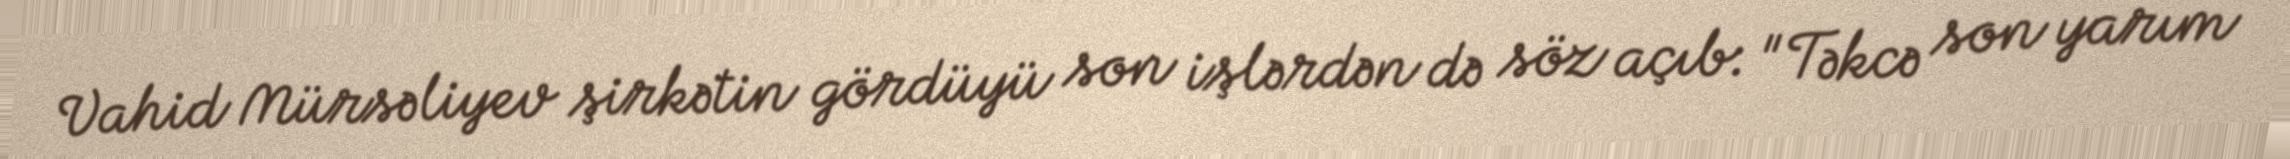
Vahid Mürsəliyev şirkətin gördüyü son işlərdən də söz açıb: "Təkcə son yarım